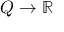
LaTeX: Q \to \mathbb { R }